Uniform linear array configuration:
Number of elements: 8
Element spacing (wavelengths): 0.5
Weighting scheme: kaiser
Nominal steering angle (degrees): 0
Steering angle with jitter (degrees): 1.954
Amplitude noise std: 0.05
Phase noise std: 0.05

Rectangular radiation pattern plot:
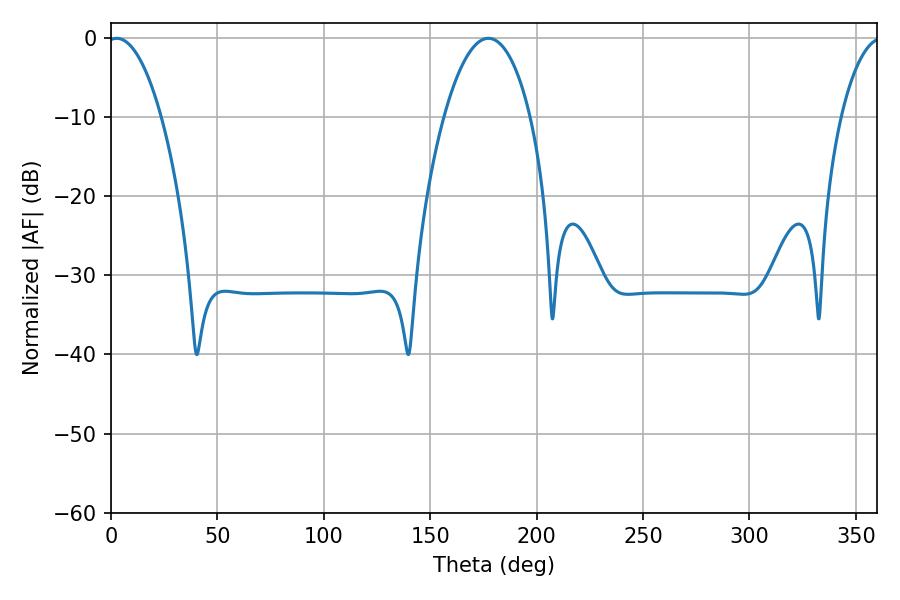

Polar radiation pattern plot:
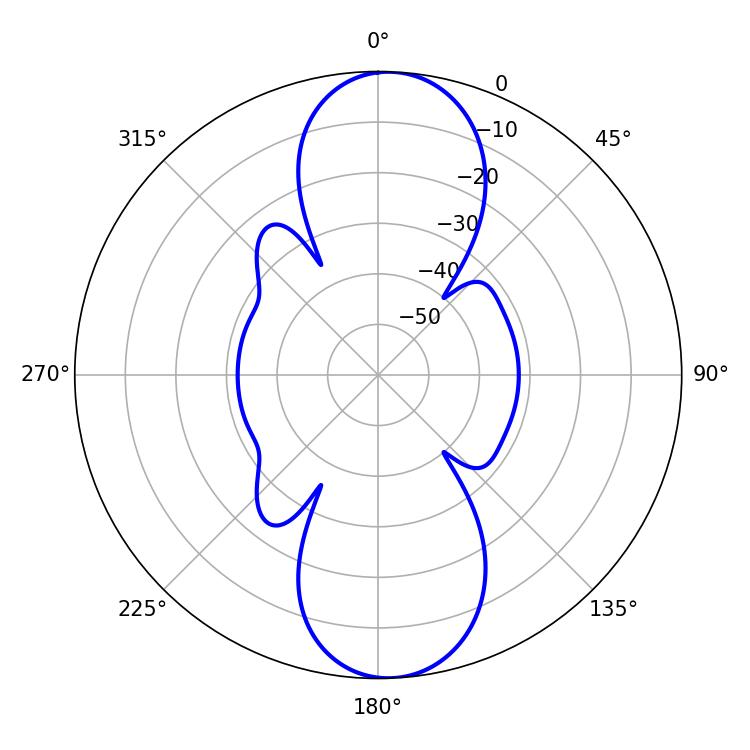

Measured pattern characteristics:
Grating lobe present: FALSE
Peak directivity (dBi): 16.642
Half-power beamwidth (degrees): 14.22
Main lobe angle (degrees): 2.7